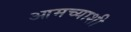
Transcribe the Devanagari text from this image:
आमच्याशी